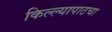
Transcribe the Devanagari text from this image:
किल्ल्यापाठचा